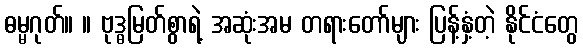
ဓမ္မဂုတ်။ ။ ဗုဒ္ဓမြတ်စွာရဲ့ အဆုံးအမ တရားတော်များ ပြန့်နှံ့တဲ့ နိုင်ငံတွေ